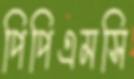
পিপিএমসি